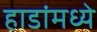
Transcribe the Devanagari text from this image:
हाडांमध्ये